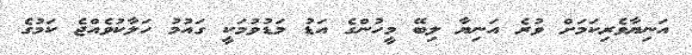
އަނިޔާވެރިކަމަށް ވުރެ އަނިޔާ ލިބޭ މީހުންގެ އަޑު މަޑުވުމަކީ ގައުމު ހަލާކުވެއްޖެ ކަމުގެ